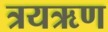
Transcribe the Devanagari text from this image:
त्रयऋण